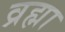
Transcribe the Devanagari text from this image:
व्रह्मा